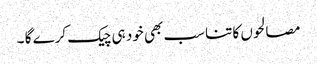
مصالحوں کا تناسب بھی خود ہی چیک کرے گا ۔